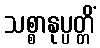
သစ္စာနုပ္ပတ္တိံ